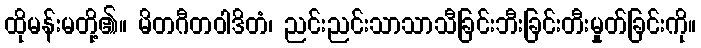
ထိုမန်းမတို့၏။ မိတဂီတဝါဒိတံ၊ ညင်းညင်းသာသာသီခြင်းဘီးခြင်းတီးမှုတ်ခြင်းကို။